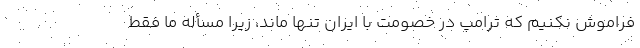
فراموش نکنیم که ترامپ در خصومت با ایران تنها ماند، زیرا مسأله ما فقط